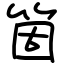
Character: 箇